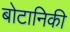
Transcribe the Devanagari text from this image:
बोटानिकी